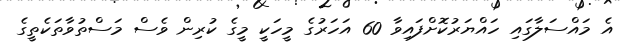
އެ މައްސަލާގައި ހައްޔަރުކޮށްފައިވާ 60 އަހަރުގެ މީހަކީ މީގެ ކުރިން ވެސް މަސްތުވާތަކެތީގެ